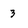
Character: 3